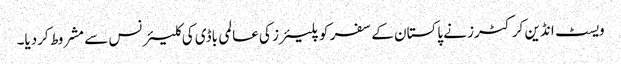
ویسٹ انڈین کرکٹرز نے پاکستان کے سفر کو پلیئرز کی عالمی باڈی کی کلیئرنس سے مشروط کردیا۔